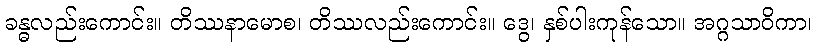
ခန္ဓလည်းကောင်း။ တိဿနာမောစ၊ တိဿလည်းကောင်း။ ဒွေ၊ နှစ်ပါးကုန်သော။ အဂ္ဂသာဝိကာ၊